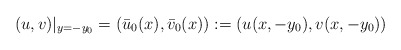
\begin{align*}(u, v)|_{y=-y_0}=(\bar{u}_0(x), \bar{v}_0(x)):=(u(x,-y_0), v(x, -y_0)) \end{align*}